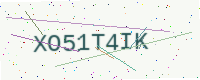
Text: XO51T4IK